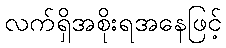
လက်ရှိအစိုးရအနေဖြင့်